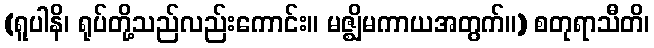
(ရူပါနိ၊ ရုပ်တို့သည်လည်းကောင်း။ မဇ္ဈိမကာယအတွက်။) စတုရာသီတိ၊